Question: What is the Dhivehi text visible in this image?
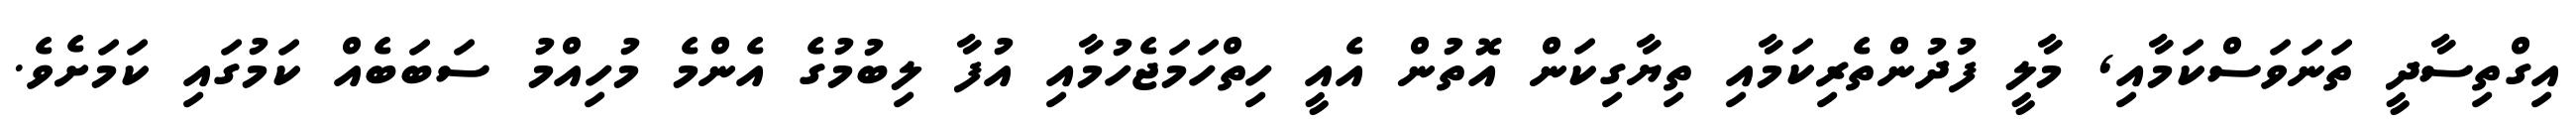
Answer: އިގްތިސާދީ ތަނަވަސްކަމާއި, މާލީ ފުދުންތެރިކަމާއި ތިޔާގިކަން އޮތުން އެއީ ހިތްހަމަޖެހުމާއި އުފާ ލިބުމުގެ އެންމެ މުހިއްމު ސަބަބެއް ކަމުގައި ކަމަށެވެ.